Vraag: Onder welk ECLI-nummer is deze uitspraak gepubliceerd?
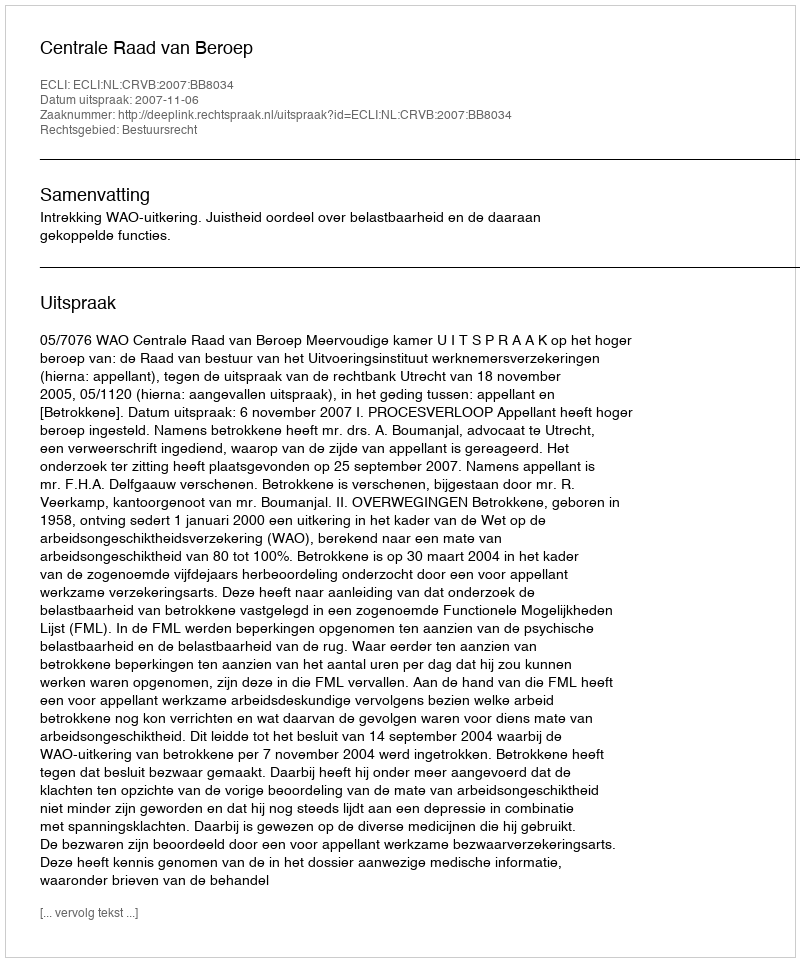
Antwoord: ECLI:NL:CRVB:2007:BB8034